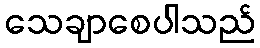
သေချာစေပါသည်